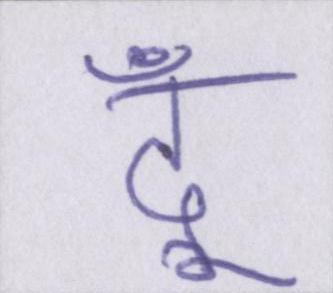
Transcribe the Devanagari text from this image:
दूँ